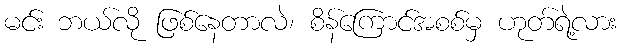
မင်း ဘယ်လို ဖြစ်နေတာလဲ၊ စိန်ကြောင်အစစ်မှ ဟုတ်ရဲ့လား